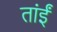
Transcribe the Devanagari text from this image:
तांईं